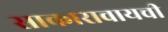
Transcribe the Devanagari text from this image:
साकारावायची